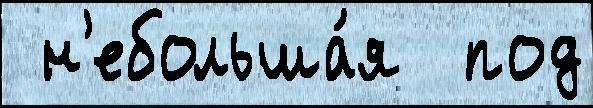
 н'ебольша́я  под